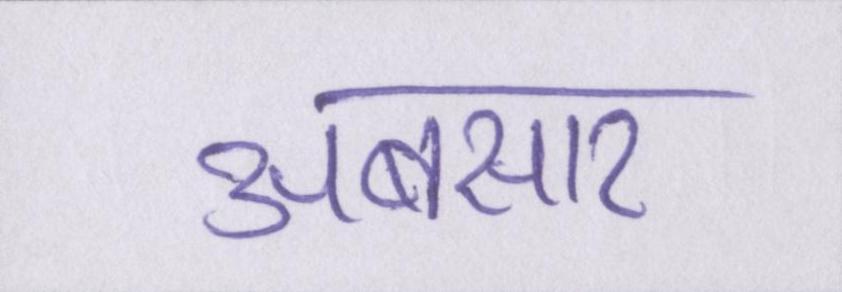
अबसार